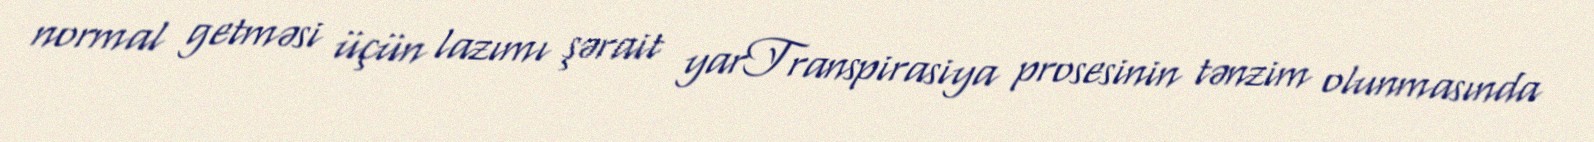
normal getməsi üçün lazımı şərait yarTranspirasiya prosesinin tənzim olunmasında